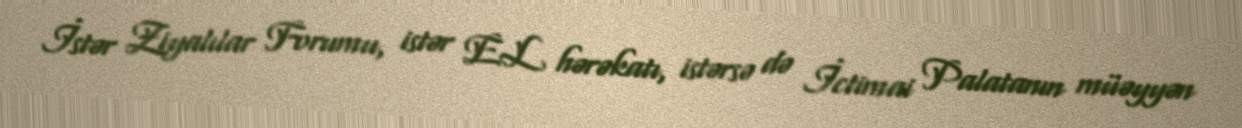
İstər Ziyalılar Forumu, istər EL hərəkatı, istərsə də İctimai Palatanın müəyyən